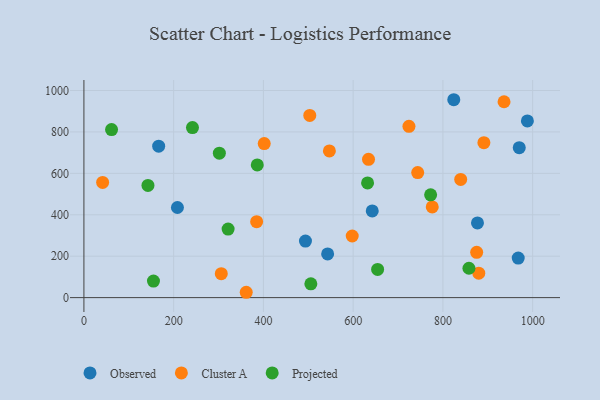
{"axis": {"x": "Speed", "y": "Yield"}, "legend": ["Cluster A", "Observed", "Projected"], "data": [{"x": "988.2", "y": 853.0, "type": "Observed"}, {"x": "970.1", "y": 724.0, "type": "Observed"}, {"x": "543.1", "y": 210.9, "type": "Observed"}, {"x": "208.4", "y": 435.1, "type": "Observed"}, {"x": "824.2", "y": 955.5, "type": "Observed"}, {"x": "166.6", "y": 731.4, "type": "Observed"}, {"x": "642.5", "y": 418.5, "type": "Observed"}, {"x": "877.0", "y": 360.7, "type": "Observed"}, {"x": "967.8", "y": 191.1, "type": "Observed"}, {"x": "493.7", "y": 272.8, "type": "Observed"}, {"x": "776.2", "y": 438.1, "type": "Cluster A"}, {"x": "503.3", "y": 879.7, "type": "Cluster A"}, {"x": "879.9", "y": 118.2, "type": "Cluster A"}, {"x": "401.8", "y": 743.8, "type": "Cluster A"}, {"x": "839.6", "y": 570.7, "type": "Cluster A"}, {"x": "384.9", "y": 366.6, "type": "Cluster A"}, {"x": "743.8", "y": 603.6, "type": "Cluster A"}, {"x": "361.7", "y": 25.8, "type": "Cluster A"}, {"x": "597.9", "y": 297.6, "type": "Cluster A"}, {"x": "875.2", "y": 218.6, "type": "Cluster A"}, {"x": "547.0", "y": 708.1, "type": "Cluster A"}, {"x": "634.2", "y": 667.8, "type": "Cluster A"}, {"x": "724.3", "y": 826.9, "type": "Cluster A"}, {"x": "891.3", "y": 748.0, "type": "Cluster A"}, {"x": "41.7", "y": 556.1, "type": "Cluster A"}, {"x": "306.1", "y": 115.6, "type": "Cluster A"}, {"x": "936.2", "y": 945.7, "type": "Cluster A"}, {"x": "301.8", "y": 697.3, "type": "Projected"}, {"x": "386.3", "y": 640.5, "type": "Projected"}, {"x": "61.6", "y": 811.2, "type": "Projected"}, {"x": "858.0", "y": 141.8, "type": "Projected"}, {"x": "321.3", "y": 330.9, "type": "Projected"}, {"x": "654.5", "y": 136.3, "type": "Projected"}, {"x": "155.0", "y": 79.7, "type": "Projected"}, {"x": "142.7", "y": 541.7, "type": "Projected"}, {"x": "505.7", "y": 66.8, "type": "Projected"}, {"x": "241.9", "y": 821.1, "type": "Projected"}, {"x": "632.1", "y": 553.6, "type": "Projected"}, {"x": "772.6", "y": 496.2, "type": "Projected"}]}